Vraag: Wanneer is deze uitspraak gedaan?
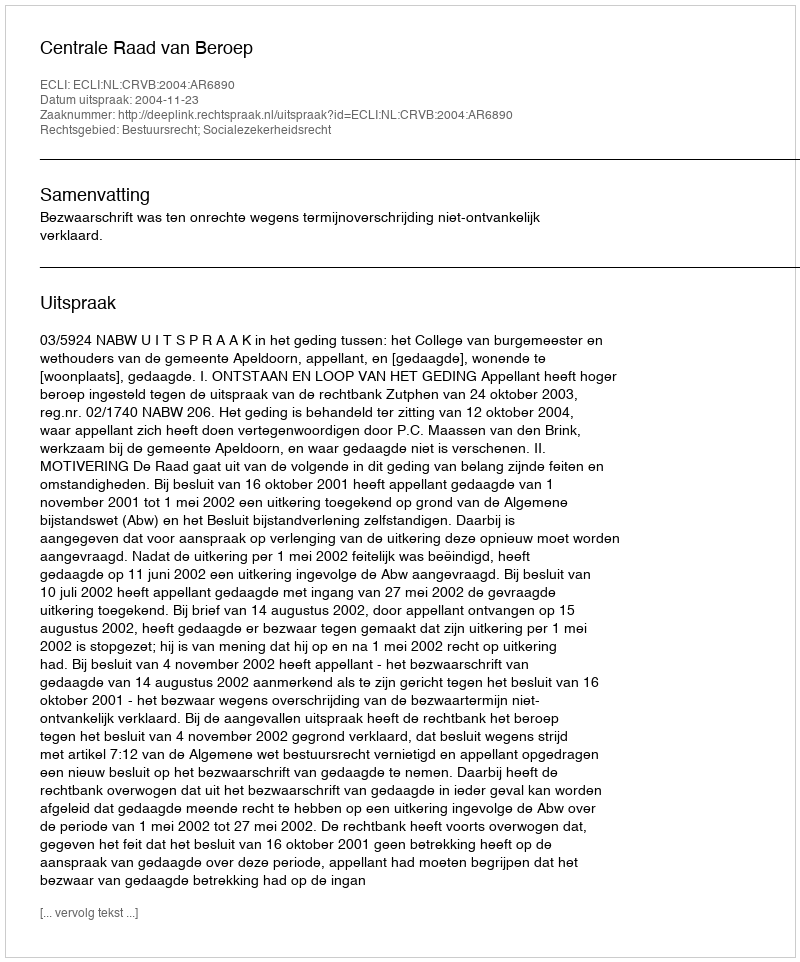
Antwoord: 2004-11-23